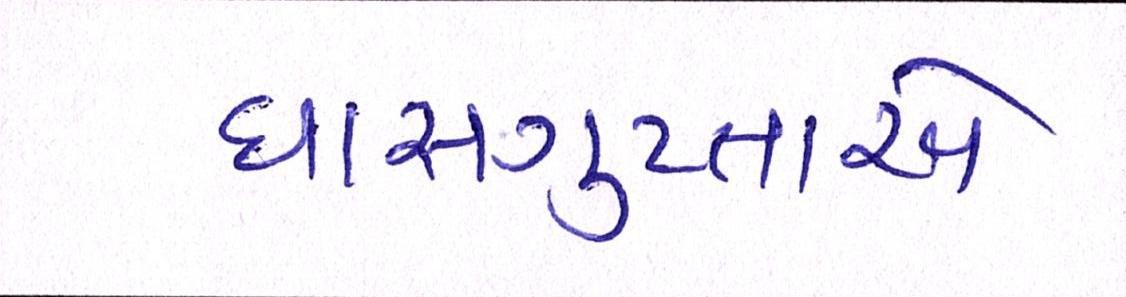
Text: દાસગુપ્તાએ